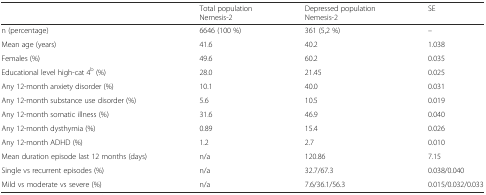
<table><thead><tr><td></td><td><b>Total population Nemesis-2</b></td><td><b>Depressed populationNemesis-2</b></td><td><b>SE</b></td></tr></thead><tbody><tr><td>n (percentage)</td><td>6646 (100 %)</td><td>361 (5,2 %)</td><td>–</td></tr><tr><td>Mean age (years)</td><td>41.6</td><td>40.2</td><td>1.038</td></tr><tr><td>Females (%)</td><td>49.6</td><td>60.2</td><td>0.035</td></tr><tr><td>Educational level high-cat 4<sup>b</sup> (%)</td><td>28.0</td><td>21.45</td><td>0.025</td></tr><tr><td>Any 12-month anxiety disorder (%)</td><td>10.1</td><td>40.0</td><td>0.031</td></tr><tr><td>Any 12-month substance use disorder (%)</td><td>5.6</td><td>10.5</td><td>0.019</td></tr><tr><td>Any 12-month somatic illness (%)</td><td>31.6</td><td>46.9</td><td>0.040</td></tr><tr><td>Any 12-month dysthymia (%)</td><td>0.89</td><td>15.4</td><td>0.026</td></tr><tr><td>Any 12-month ADHD (%)</td><td>1.2</td><td>2.7</td><td>0.010</td></tr><tr><td>Mean duration episode last 12 months (days)</td><td>n/a</td><td>120.86</td><td>7.15</td></tr><tr><td>Single vs recurrent episodes (%)</td><td>n/a</td><td>32.7/67.3</td><td>0.038/0.040</td></tr><tr><td>Mild vs moderate vs severe (%)</td><td>n/a</td><td>7.6/36.1/56.3</td><td>0.015/0.032/0.033</td></tr></tbody></table>